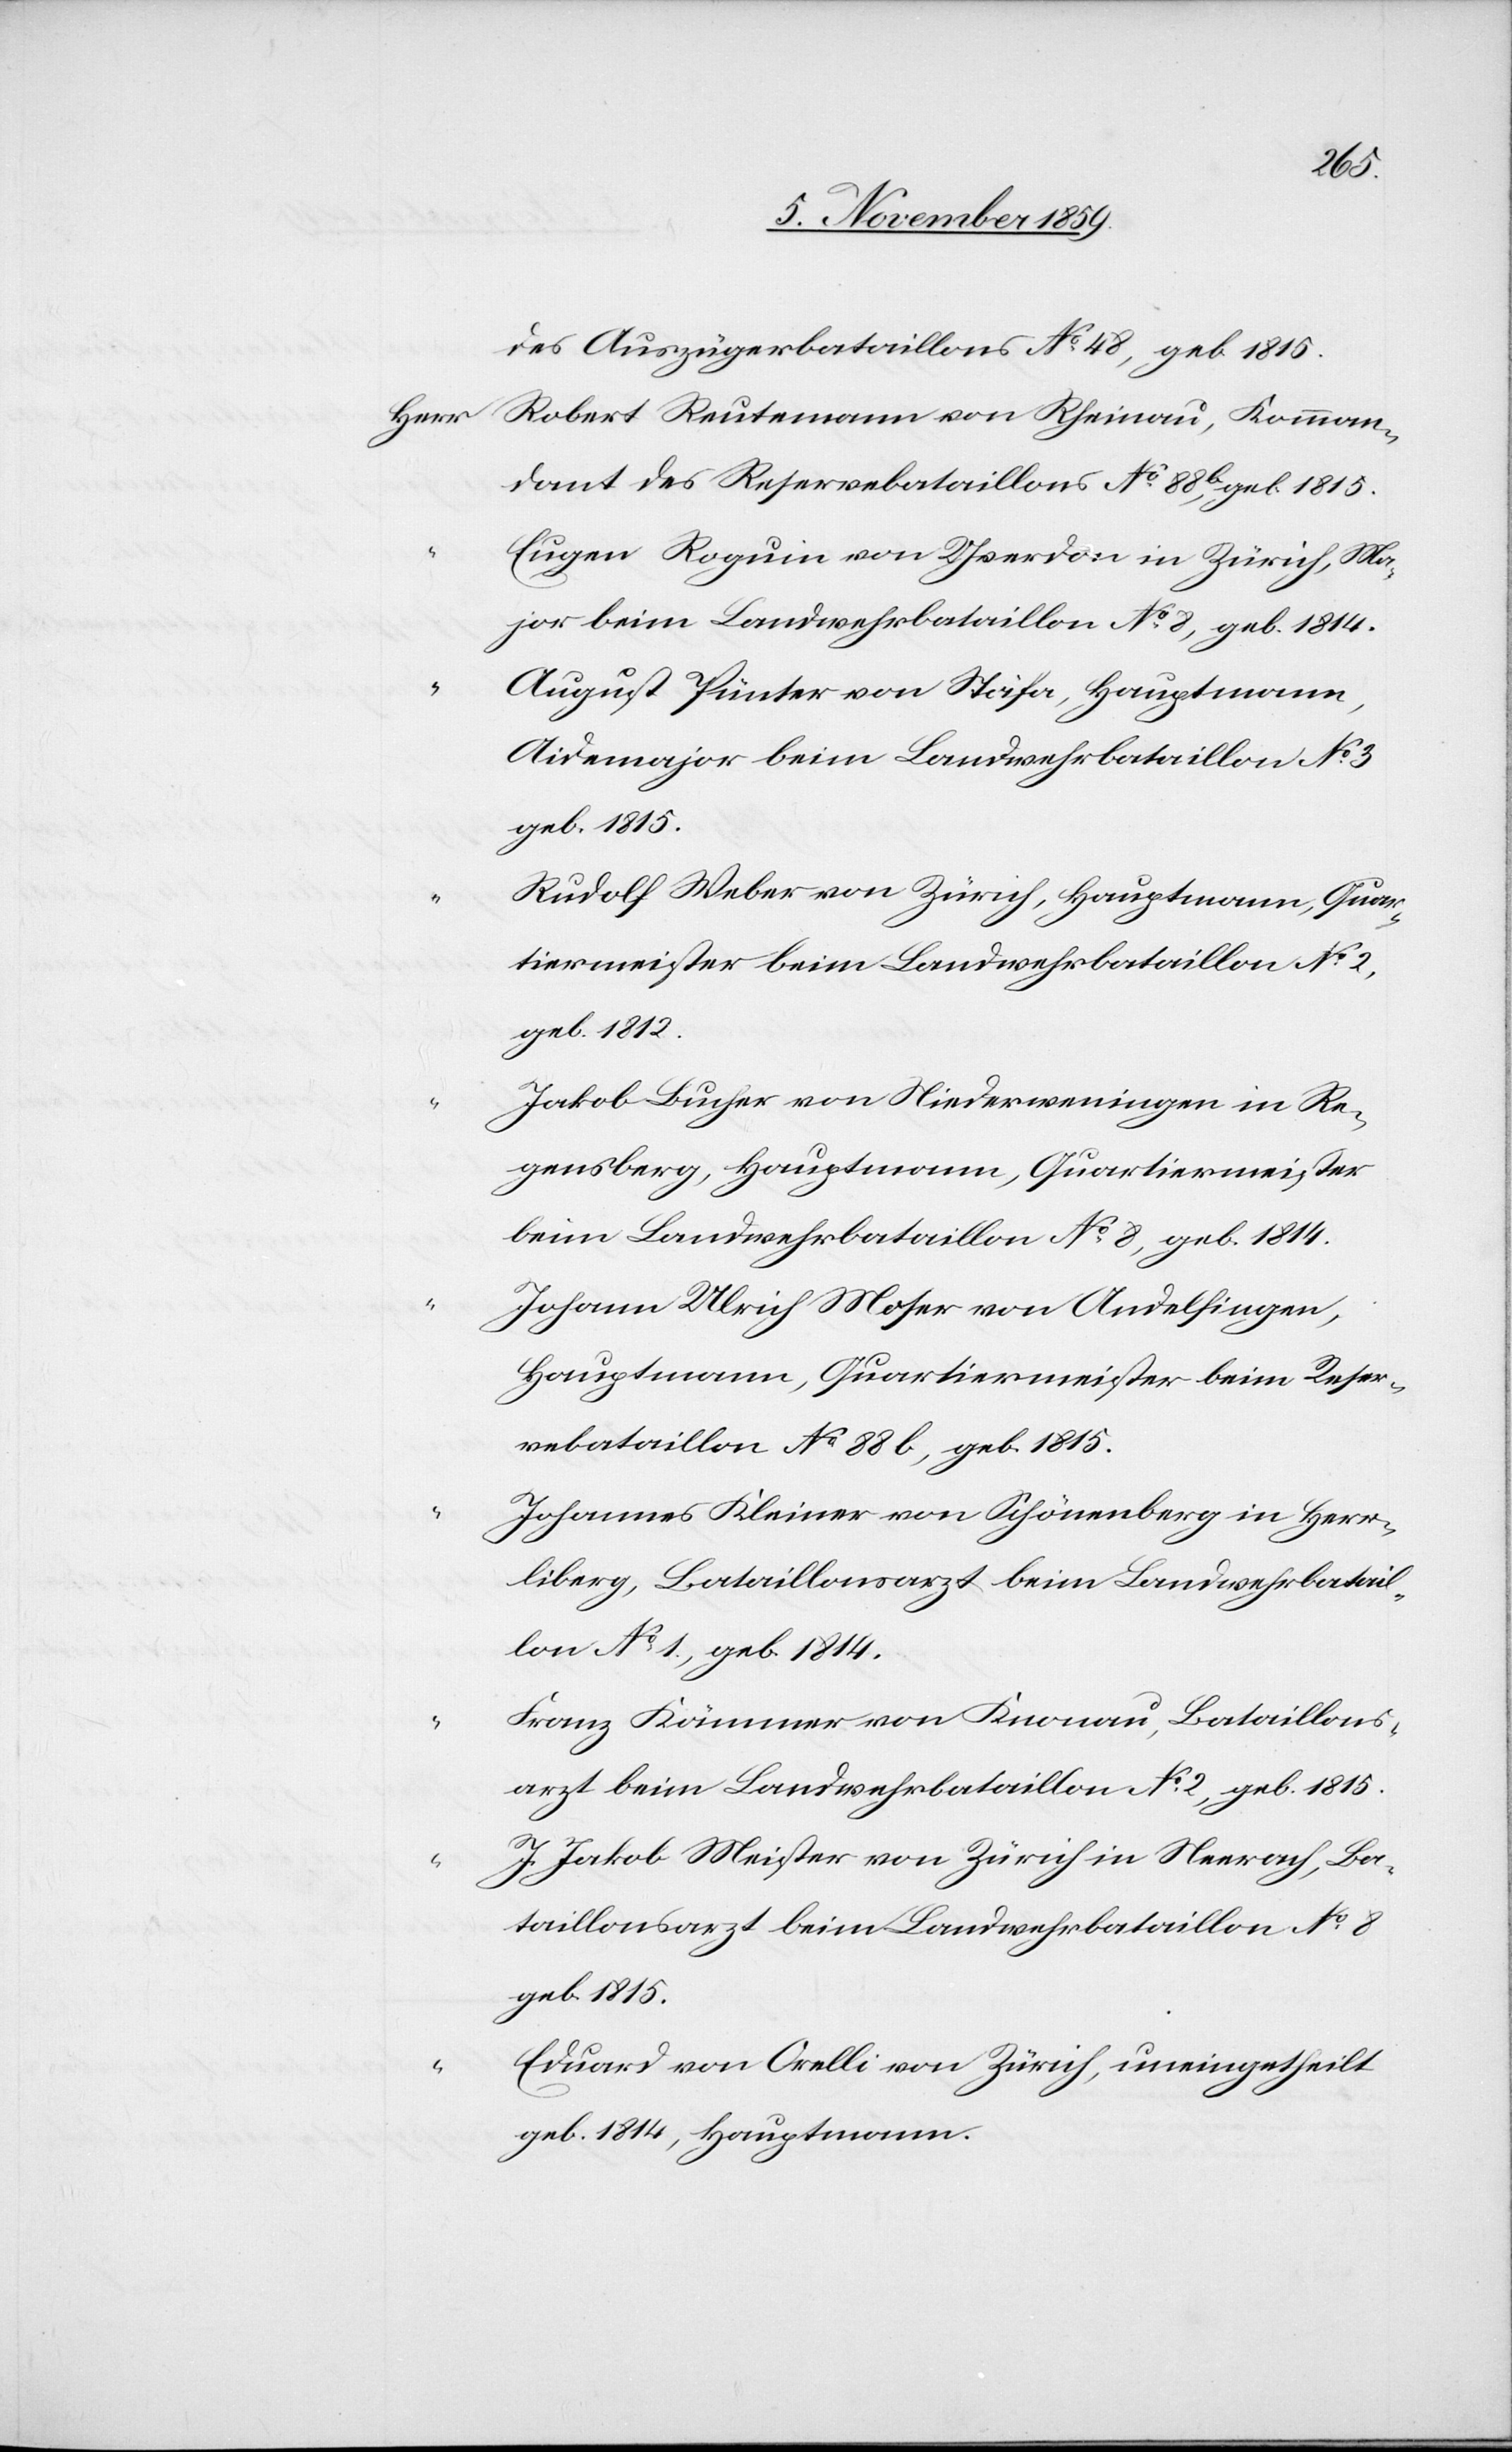
“		F¬
des Auszügerbataillons 		No. 48, geb. 1815.
Herr	Robert Reutemann von Rheinau, Komman¬
dant des Reservebataillons No. 88b, 			geb. 1815.
“		Eugen Roguin von Yverdon in Zürich, Ma¬
jor beim Landwehrbataillon No. 8, 			geb. 1814.
“		August Pünter von Stäfa, Hauptmann,
Aidemajor beim Landwehrbataillon No. 3,
geb. 1815.
“		Rudolf Weber von Zürich, Hauptmann, Quar¬
tiermeister beim Landwehrbataillon 		No. 2,
geb. 1812.
“		Jakob Bucher von Niederweningen in Re¬
gensberg, Hauptmann, Quartiermeister
beim Landeswehrbataillon No. 8, geb. 1814.
“		Johann Ulrich Moser von Andelfingen,
Hauptmann, Quartiermeister beim 			Reser¬
vebataillon No. 88b, geb. 1815.
“		Johannes Kleiner von Schönenberg in Herr¬
liberg, Bataillonsarzt beim 			Landwehrbatail¬
lon No. 1, geb. 1814.
ranz Kämmer von Knonau, Bataillons¬
arzt beim Landwehrbataillon No. 2, geb. 1815.
Jakob Meister von Zürich in Neerach, Ba¬
taillonsarzt beim Landwehrbataillon No. 8,
geb. 1815.
“		Eduard von Orelli von Zürich, uneingetheilt,
geb. 1814, Hauptmann.